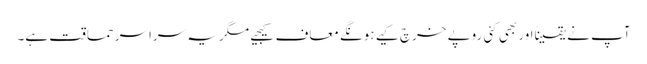
آپ نے یقیناًاور بھی کئی روپے خرچ کیے ہونگے معاف کیجیے مگر یہ سراسر حماقت ہے۔